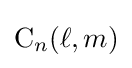
\mathrm {C} _{n}(\ell ,m)